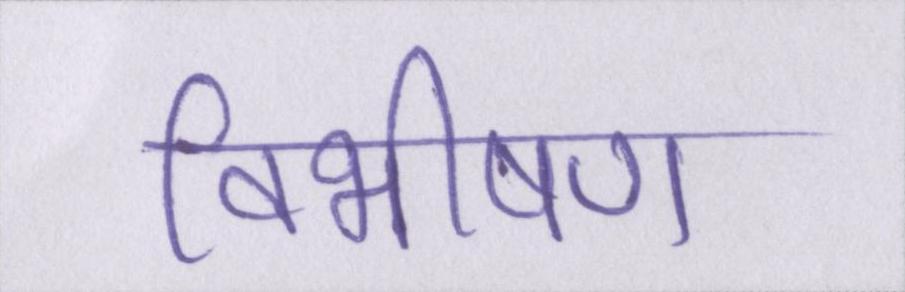
विभीषण